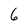
Character: 6